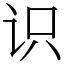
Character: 识